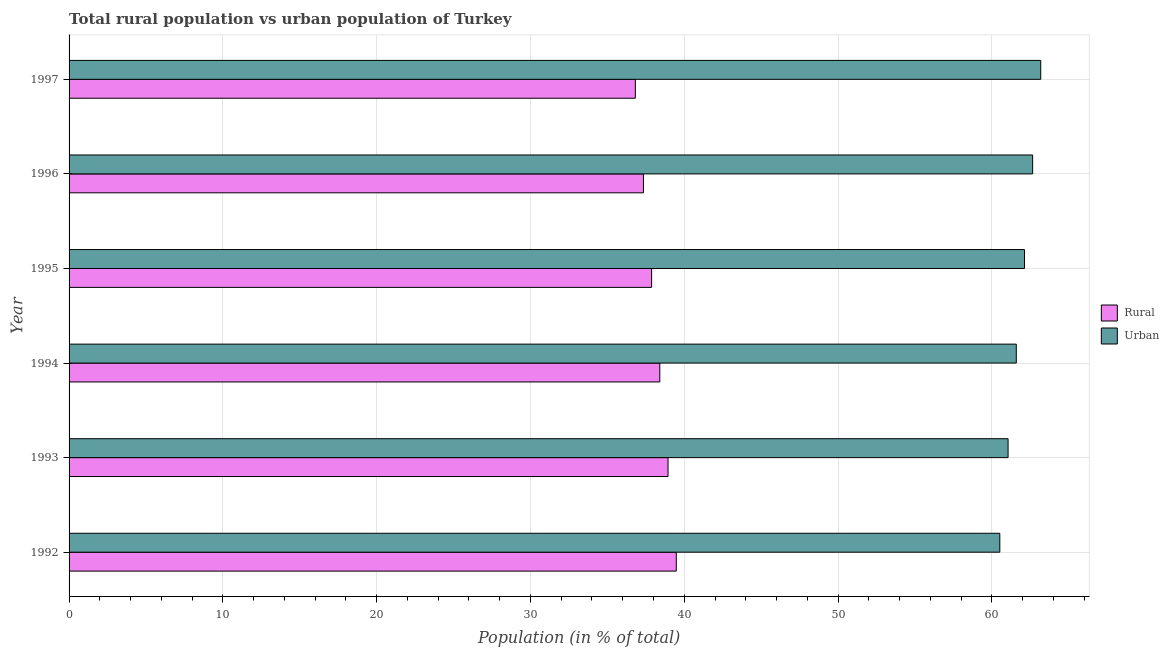
| Year | Rural | Urban |
 | --- | --- | --- |
 | 1992 | 39.5 | 60.5 |
 | 1993 | 38.9 | 61.1 |
 | 1994 | 38.4 | 61.6 |
 | 1995 | 37.9 | 62.1 |
 | 1996 | 37.3 | 62.7 |
 | 1997 | 36.8 | 63.2 |